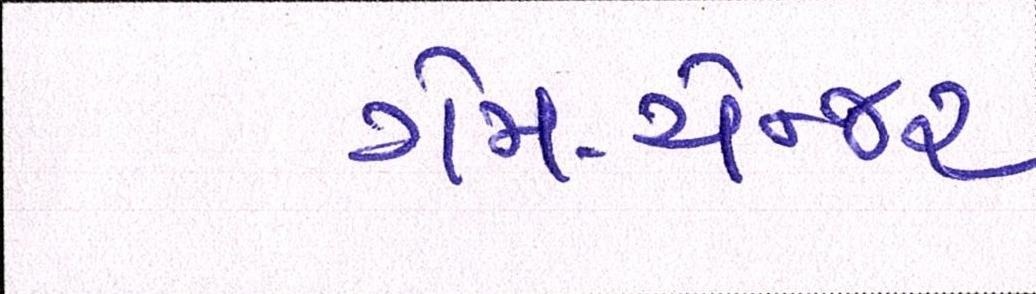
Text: ગેમ-ચેન્જર